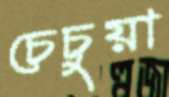
চেচুয়া